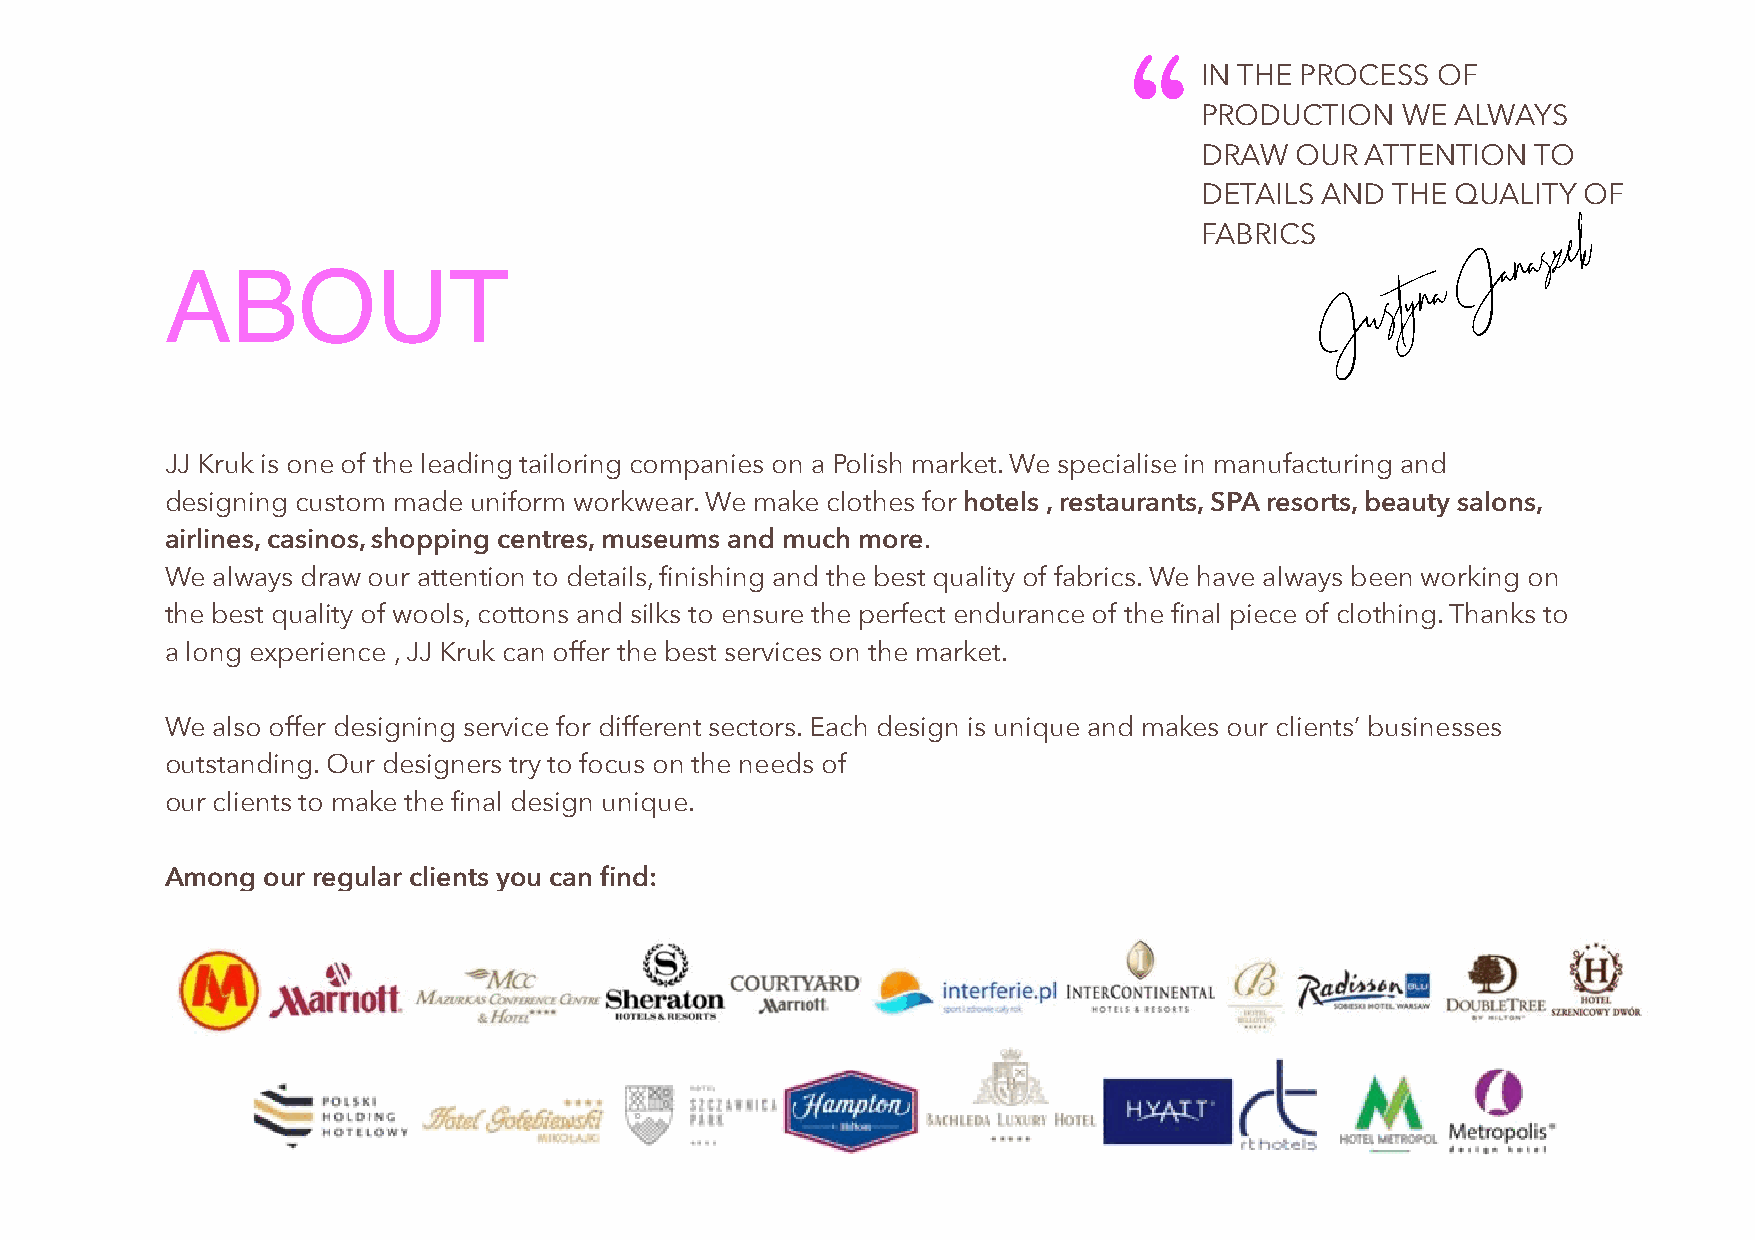
“
 IN THE PROCESS  OF
 PRODUCTION    WE ALWAYS
 DRAW   OUR ATTENTION   TO
 DETAILS AND  THE QUALITY  OF
 FABRICS
 ABOUT                                                                                  J a n
 as
 zek
 J  u
 sty n a
 JJ Kruk is one of the leading tailoring companies on a Polish market. We specialise in manufacturing and
 designing custom made uniform workwear. We make clothes for hotels , restaurants, SPA resorts, beauty salons,
 airlines, casinos, shopping centres, museums and much more.
 We always draw our attention to details, finishing and the best quality of fabrics. We have always been working on
 the best quality of wools, cottons and silks to ensure the perfect endurance of the final piece of clothing. Thanks to
 a long experience , JJ Kruk can offer the best services on the market.
 We also offer designing service for different sectors. Each design is unique and makes our clients’ businesses
 outstanding. Our designers try to focus on the needs of
 our clients to make the final design unique.
 Among our regular clients you can find: